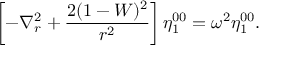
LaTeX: \left[ - \nabla _ { r } ^ { 2 } + \frac { 2 ( 1 - W ) ^ { 2 } } { r ^ { 2 } } \right] \eta _ { 1 } ^ { 0 0 } = \omega ^ { 2 } \eta _ { 1 } ^ { 0 0 } .